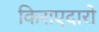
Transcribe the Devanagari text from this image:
किराएदारो